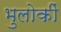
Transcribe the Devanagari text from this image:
भुलोकीं